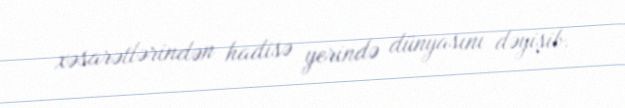
xəsarətlərindən hadisə yerində dünyasını dəyişib.